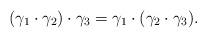
LaTeX: \begin{align*}(\gamma_1 \cdot \gamma_2) \cdot \gamma_3 = \gamma_1 \cdot (\gamma_2 \cdot \gamma_3).\end{align*}